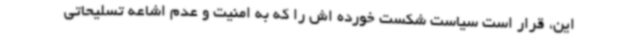
این، قرار است سیاست شکست خورده اش را که به امنیت و عدم اشاعه تسلیحاتی